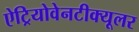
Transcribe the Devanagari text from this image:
ऐट्रियोवेनटीक्यूलर